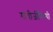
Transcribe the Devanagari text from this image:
गांधीजींविषयी